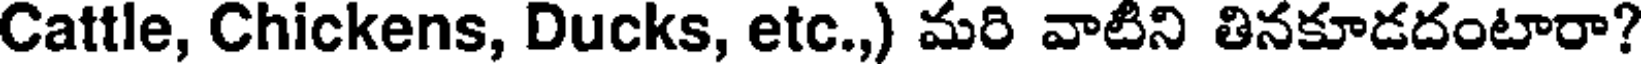
Cattle, Chickens, Ducks, etc.,) మరి వాటిని తినకూడదంటారా?